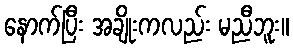
နောက်ပြီး အချိုးကလည်း မညီဘူး။